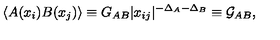
\langle A ( x _ { i } ) B ( x _ { j } ) \rangle \equiv G _ { A B } | x _ { i j } | ^ { - \Delta _ { A } - \Delta _ { B } } \equiv \mathcal { G } _ { A B } ,